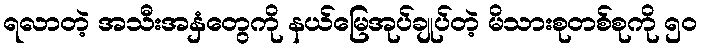
ရလာတဲ့ အသီးအနှံတွေကို နယ်မြေအုပ်ချုပ်တဲ့ မိသားစုတစ်စုကို ၅ဝ